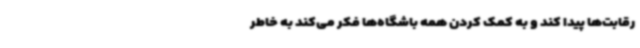
رقابت‌ها پیدا کند و به کمک کردن همه باشگاه‌ها فکر می‌کند به خاطر